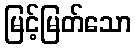
မြင့်မြတ်သော